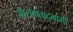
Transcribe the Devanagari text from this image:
आसमंताद्भागीं